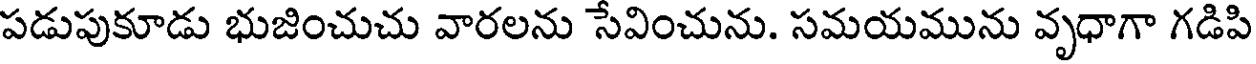
పడుపుకూడు భుజించుచు వారలను సేవించును. సమయమును వృధాగా గడిపి